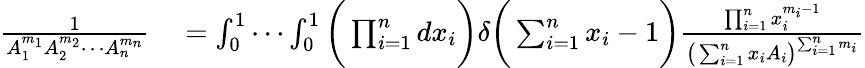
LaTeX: \begin{array}{rl}{\frac{1}{A_{1}^{m_{1}}A_{2}^{m_{2}}\cdots A_{n}^{m_{n}}}}&{{}=\int_{0}^{1}\cdots\int_{0}^{1}\bigg(\prod_{i=1}^{n}dx_{i}\bigg)\delta\bigg(\sum_{i=1}^{n}x_{i}-1\bigg)\frac{\prod_{i=1}^{n}x_{i}^{m_{i}-1}}{\big(\sum_{i=1}^{n}x_{i}A_{i}\big)^{\sum_{i=1}^{n}m_{i}}}}\end{array}